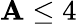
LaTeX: \mathbf{A}\leq4